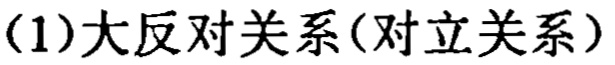
(1)大反对关系(对立关系)